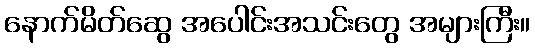
နောက်မိတ်ဆွေ အပေါင်းအသင်းတွေ အများကြီး။